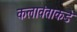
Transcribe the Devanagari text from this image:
कलावंताकडे